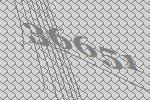
36651